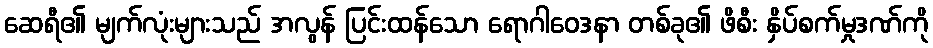
ဆေရီ၏ မျက်လုံးများသည် အလွန် ပြင်းထန်သော ရောဂါဝေဒနာ တစ်ခု၏ ဖိစီး နှိပ်စက်မှုဒဏ်ကို